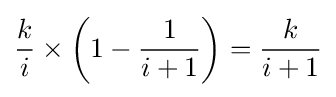
{\frac {k}{i}}\times \left(1-{\frac {1}{i+1}}\right)={\frac {k}{i+1}}